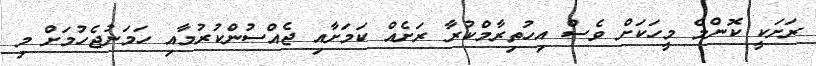
ރަށަކީ ކޮންމެ މީހަކަށް ވެސް އިހުތިރާމްކުރާ ރަށެއް ކަމަށާއި ޖެއްސުންކުރުމާއި ހަމަނުޖެހުމަށް މި